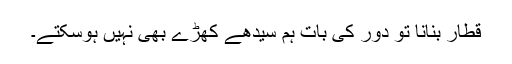
قطار بنانا تو دور کی بات ہم سیدھے کھڑے بھی نہیں ہوسکتے۔